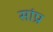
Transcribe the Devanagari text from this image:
सांप्र